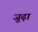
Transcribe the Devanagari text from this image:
जुढ़ा